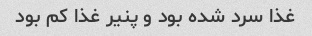
غذا سرد شده بود و پنیر غذا کم بود